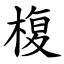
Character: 椱